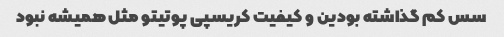
سس کم گذاشته بودین و کیفیت کریسپی پوتیتو مثل همیشه نبود